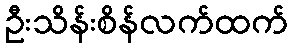
ဦးသိန်းစိန်လက်ထက်